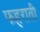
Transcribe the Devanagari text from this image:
फहराती